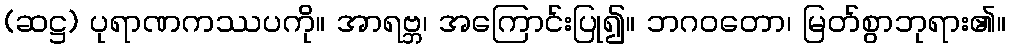
(ဆဋ္ဌ) ပုရာဏကဿပကို။ အာရဗ္ဘ၊ အကြောင်းပြု၍။ ဘဂဝတော၊ မြတ်စွာဘုရား၏။